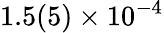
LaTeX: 1.5(5)\times 10^{-4}